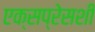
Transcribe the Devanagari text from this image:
एक्सप्रेसशी